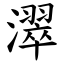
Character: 濢